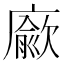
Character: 𢋅